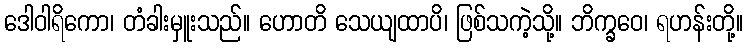
ဒေါဝါရိကော၊ တံခါးမှူးသည်။ ဟောတိ သေယျထာပိ၊ ဖြစ်သကဲ့သို့။ ဘိက္ခဝေ၊ ရဟန်းတို့။